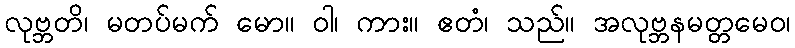
လုဗ္ဘတိ၊ မတပ်မက် မော။ ဝါ၊ ကား။ ဧတံ၊ သည်။ အလုဗ္ဘနမတ္တမေဝ၊